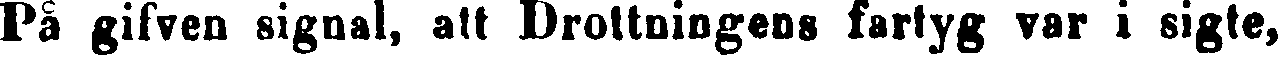
På gifven signal, att Drottningens fartyg var i sigte,